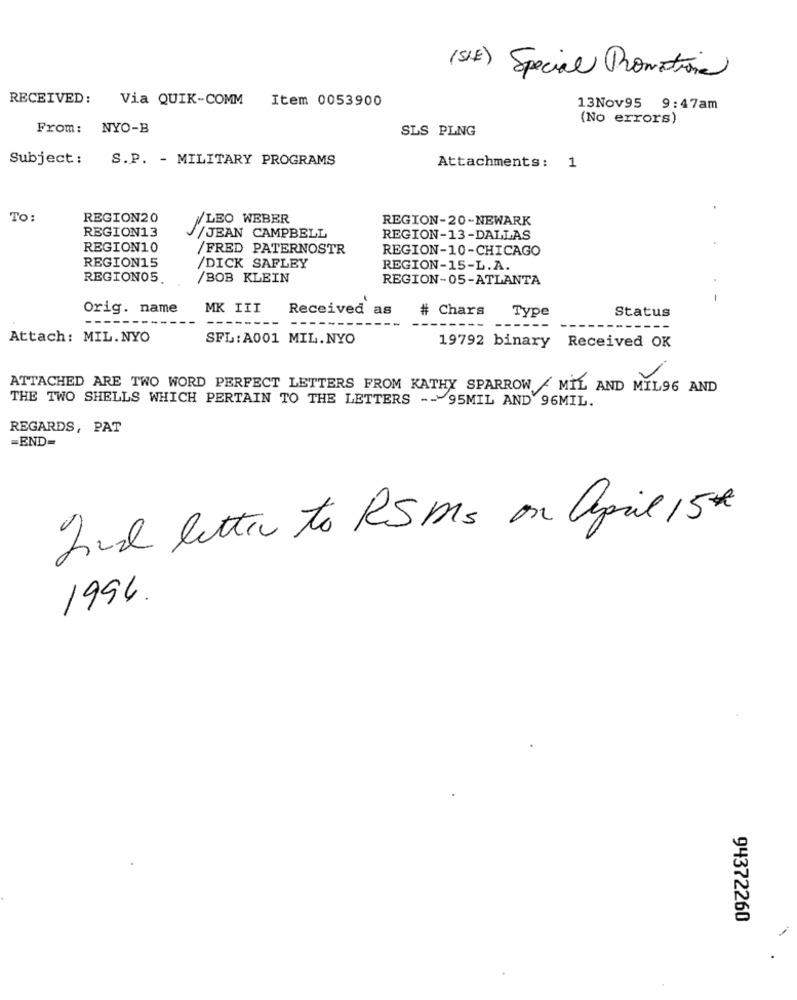
(SIE) Special Promotions
RECEIVED: Via QUIK-COMM
Item 0053900
13Nov95 9:47am
(No errors)
From: NYO-B
SLS PLNG
Subject :
S.P. - MILITARY PROGRAMS
Attachments: 1
To:
REGION20
LEO WEBER
REGION-20-NEWARK
REGION13
/JEAN CAMPBELL
REGION-13-DALLAS
REGION10
/FRED PATERNOSTR
REGION-10-CHICAGO
REGION15
/DICK SAFLEY
REGION-15-L.A.
REGION05
/BOB KLEIN
REGION-05-ATLANTA
-
Orig. name
MK III
Received as
# Chars
Status
Type
Attach: MIL.NYO
SFL: A001 MIL.NYO
19792 binary Received OK
ATTACHED ARE TWO WORD PERFECT LETTERS FROM KATHY SPARROW - MIL AND MIL96 AND
THE TWO SHELLS WHICH PERTAIN TO THE LETTERS --- 95MIL AND 96MIL.
REGARDS, PAT
=END=
Ind letter to RSMs on April 15€
1994.
94372260